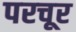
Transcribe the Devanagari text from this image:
परचूर